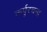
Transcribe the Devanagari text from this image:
कर्पूरचन्द्र